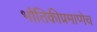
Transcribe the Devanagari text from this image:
भौतिकीप्रमाणेच